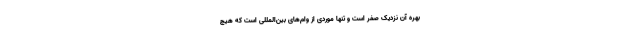
بهره آن نزدیک صفر است و تنها موردی از وام‌های بین‌المللی است که هیچ